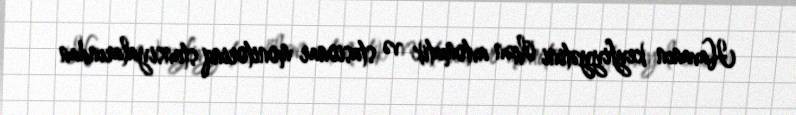
Havanın keyfiyyətini ölçən avtomatik və stasionar monitorinq stansiyalarından